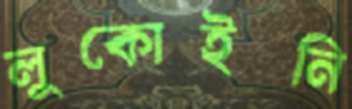
লুকোইনি